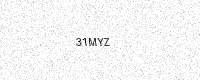
Text: 31MYZ